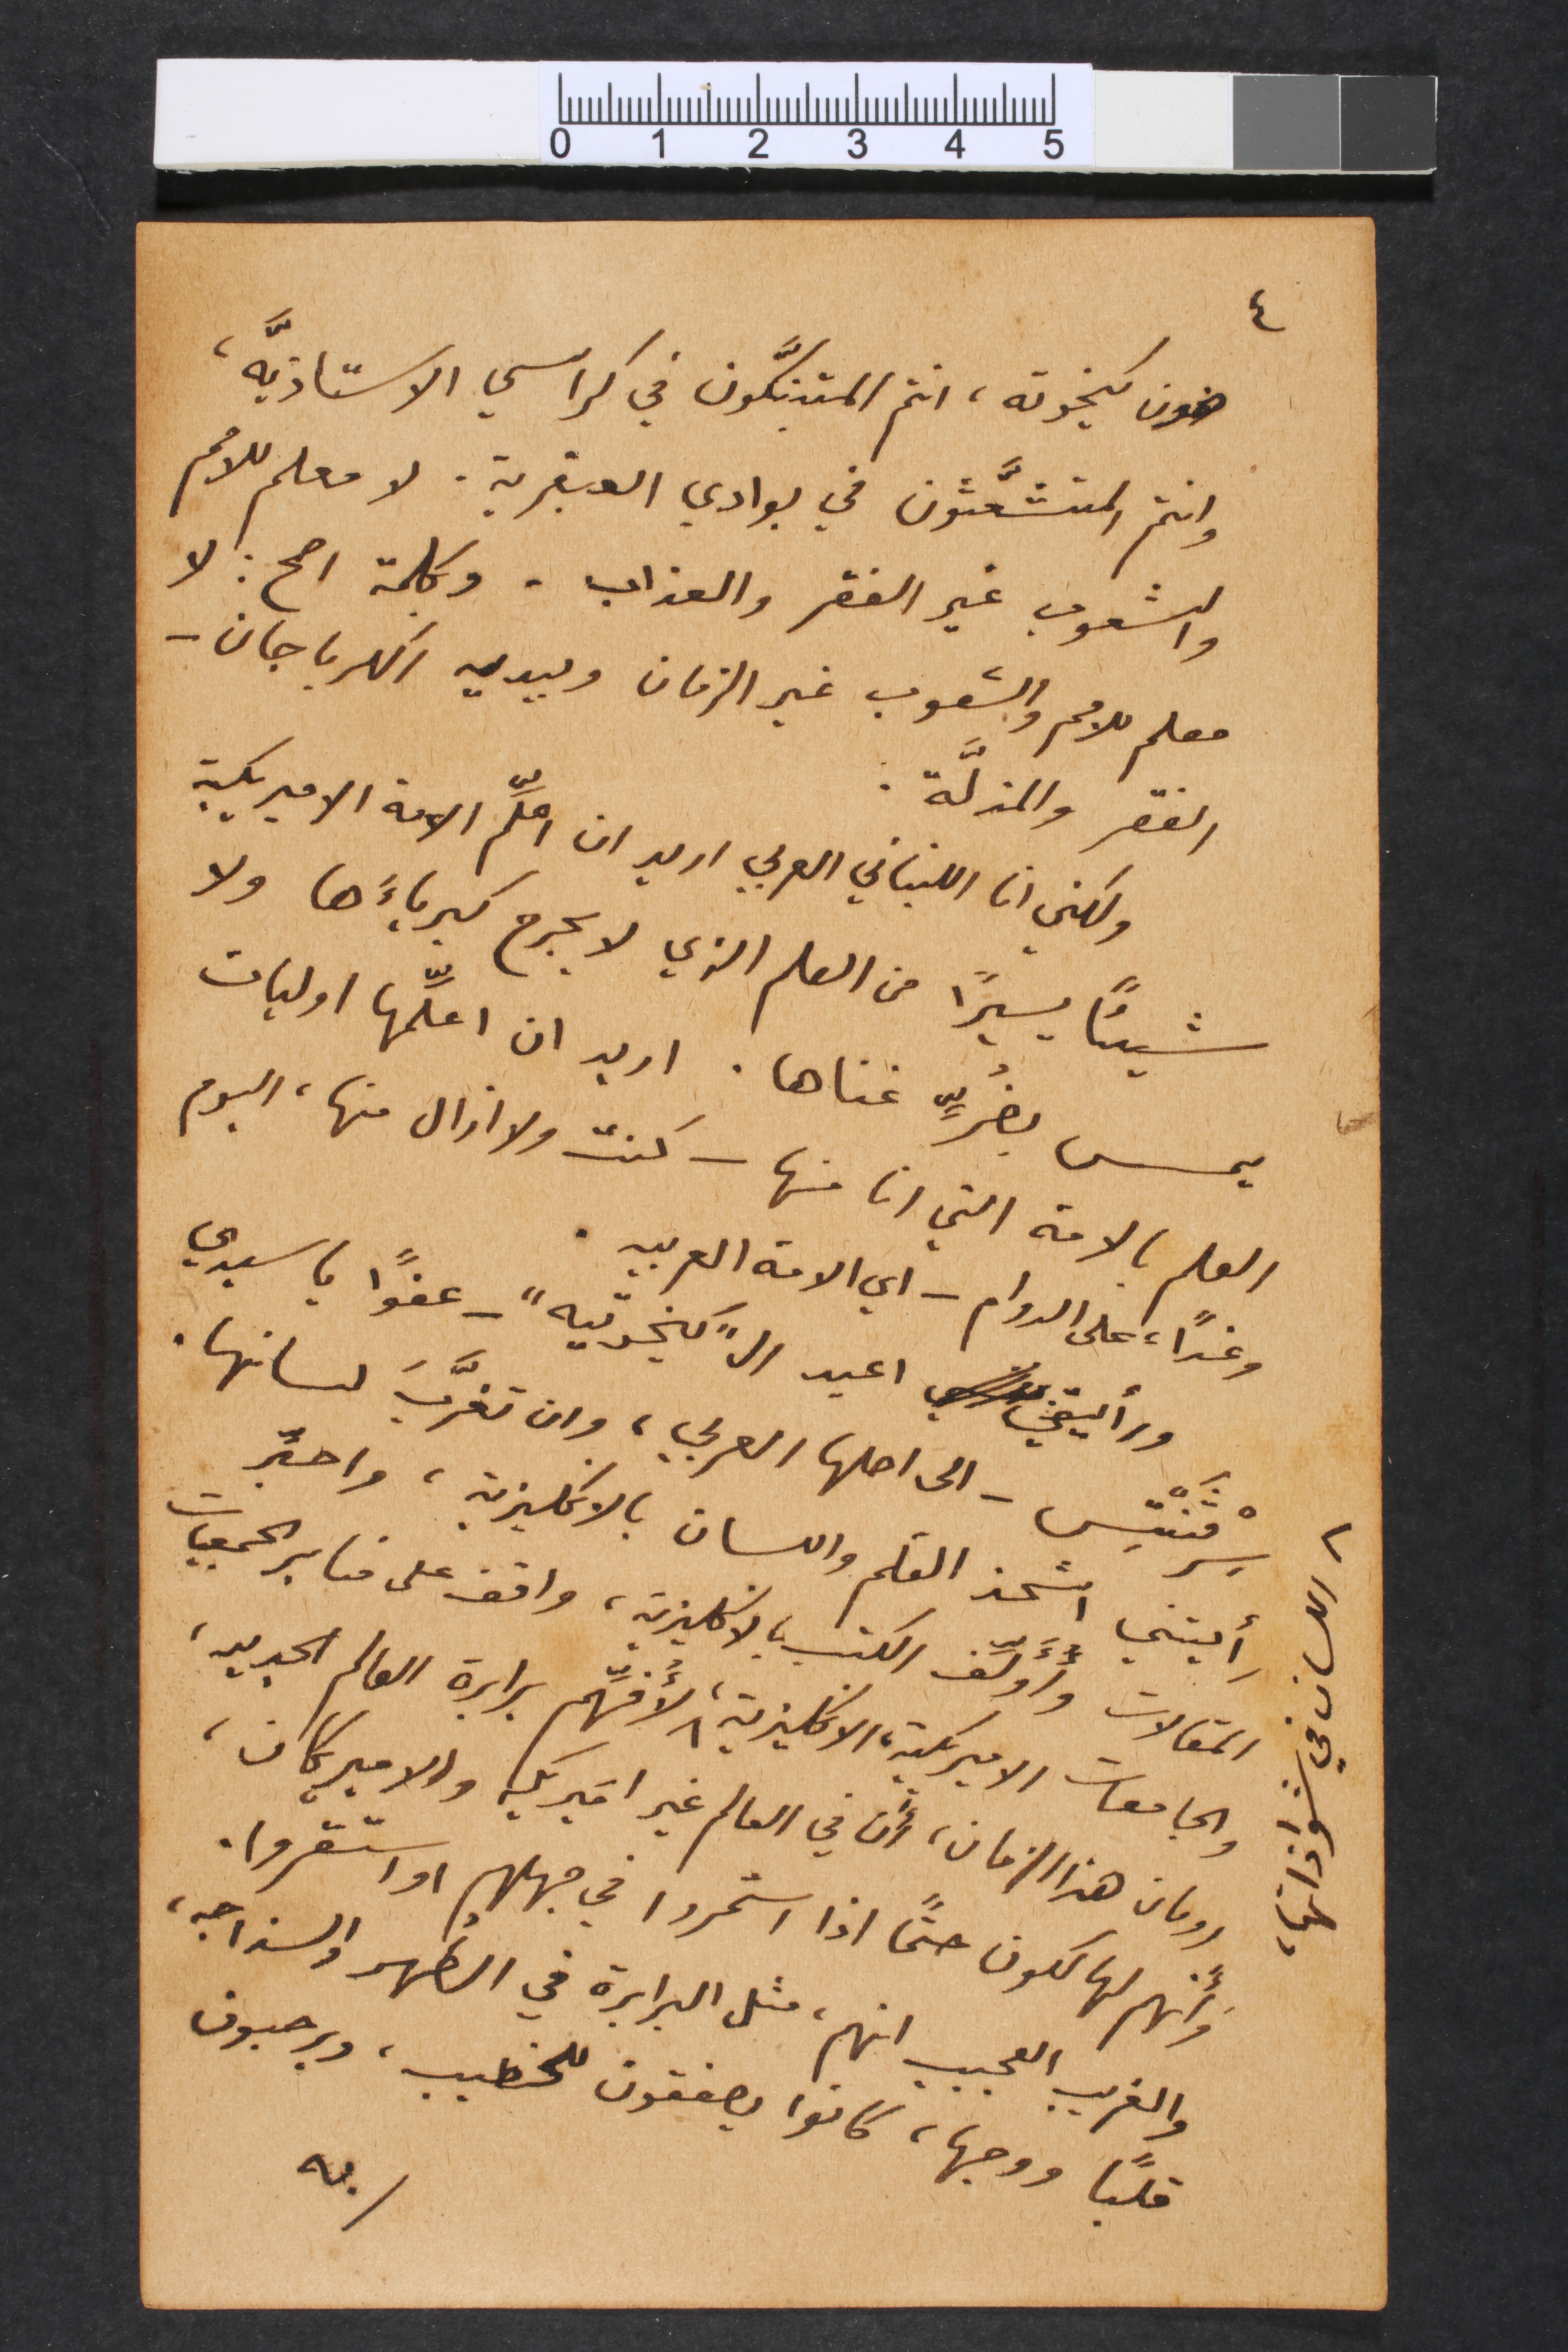
٤
ضون كيخوته، انتم المتبنكَّون في كراسي الاستاذيَّه،
وانتم المتشعَّثون في بوادي العبقرية. لا معلم للامم
والشعوب غير الفقر والعذاب. وكلمة اصح: لا
معلم للامم والشعوب غير الزمان وبيديه الكرباجان –
الفقر والمزلَّة.
ولكن انا اللبناني العربي اريد ان اعلَّم الامة الاميركية
شيئاً يسيراً من العلم الذي لا يجرح كبرياءَها ولا
يمس بضُرٍّ غناها. اريد ان اعلِّمها اوليات
العلم بالامة التي انا منها – كنت ولا ازال منها، اليوم
وغداً، على الدوام – اي الامة العربيه.
ورأيتني اعيد ال "كخوتيه" – عفواً يا سيدي
سِرْفَنْتِس – الى اصلها العربي، وان تغرَّبَ لسانها.
رأيتني اشحذ القلم واللسان بالانكليزيةـ واحبِّر
المقالات وأُؤَلِّف الكتب، بالانكليزية، واقف على منابر الجمعيات
والجامعات الاميركية، الانكليزية، لأُفهِّم برابرة العالم الجديد،
رومان هذا الزمان، أن في العالم غير اميريكي والاميريكان،
وَأَنهم لهالكون حتماً اذا استمروا في جهلهم او استقروا.
والغريب العجيب انهم، مثل البرابرة في الطهر والسذاجه،
قلباً ووجها، كانوا يصفقون للخطيب، ويرحبون
به
اللسان في شواذاتها،